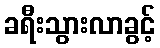
ခရီးသွားလာခွင့်